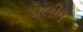
પલીત